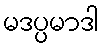
မဒပ္ပမာဒါ